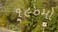
૧૯૦મો